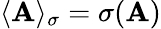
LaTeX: \langle\mathbf{A}\rangle_{\sigma}=\sigma(\mathbf{A})